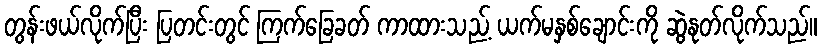
တွန်းဖယ်လိုက်ပြီး ပြတင်းတွင် ကြက်ခြေခတ် ကာထားသည့် ယက်မနှစ်ချောင်းကို ဆွဲနုတ်လိုက်သည်။